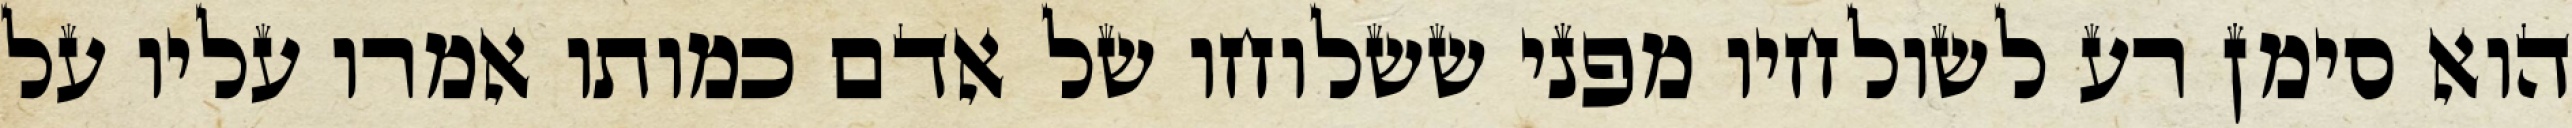
הוא סימן רע לשולחיו מפני ששלוחו של אדם כמותו אמרו עליו על